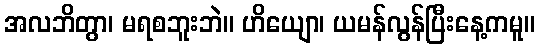
အလဘိတွာ၊ မရစဘူးဘဲ။ ဟိယျော၊ ယမန်လွန်ပြီးနေ့ကမူ။